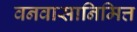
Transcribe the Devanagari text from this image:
वनवासानिमित्त